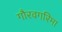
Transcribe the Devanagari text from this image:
गौरवगरिमा